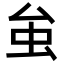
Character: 𧈧